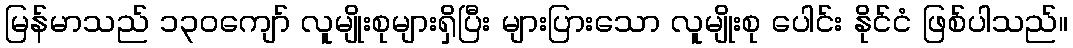
မြန်မာသည် ၁၃၀ကျော် လူမျိုးစုများရှိပြီး များပြားသော လူမျိုးစု ပေါင်း နိုင်ငံ ဖြစ်ပါသည်။